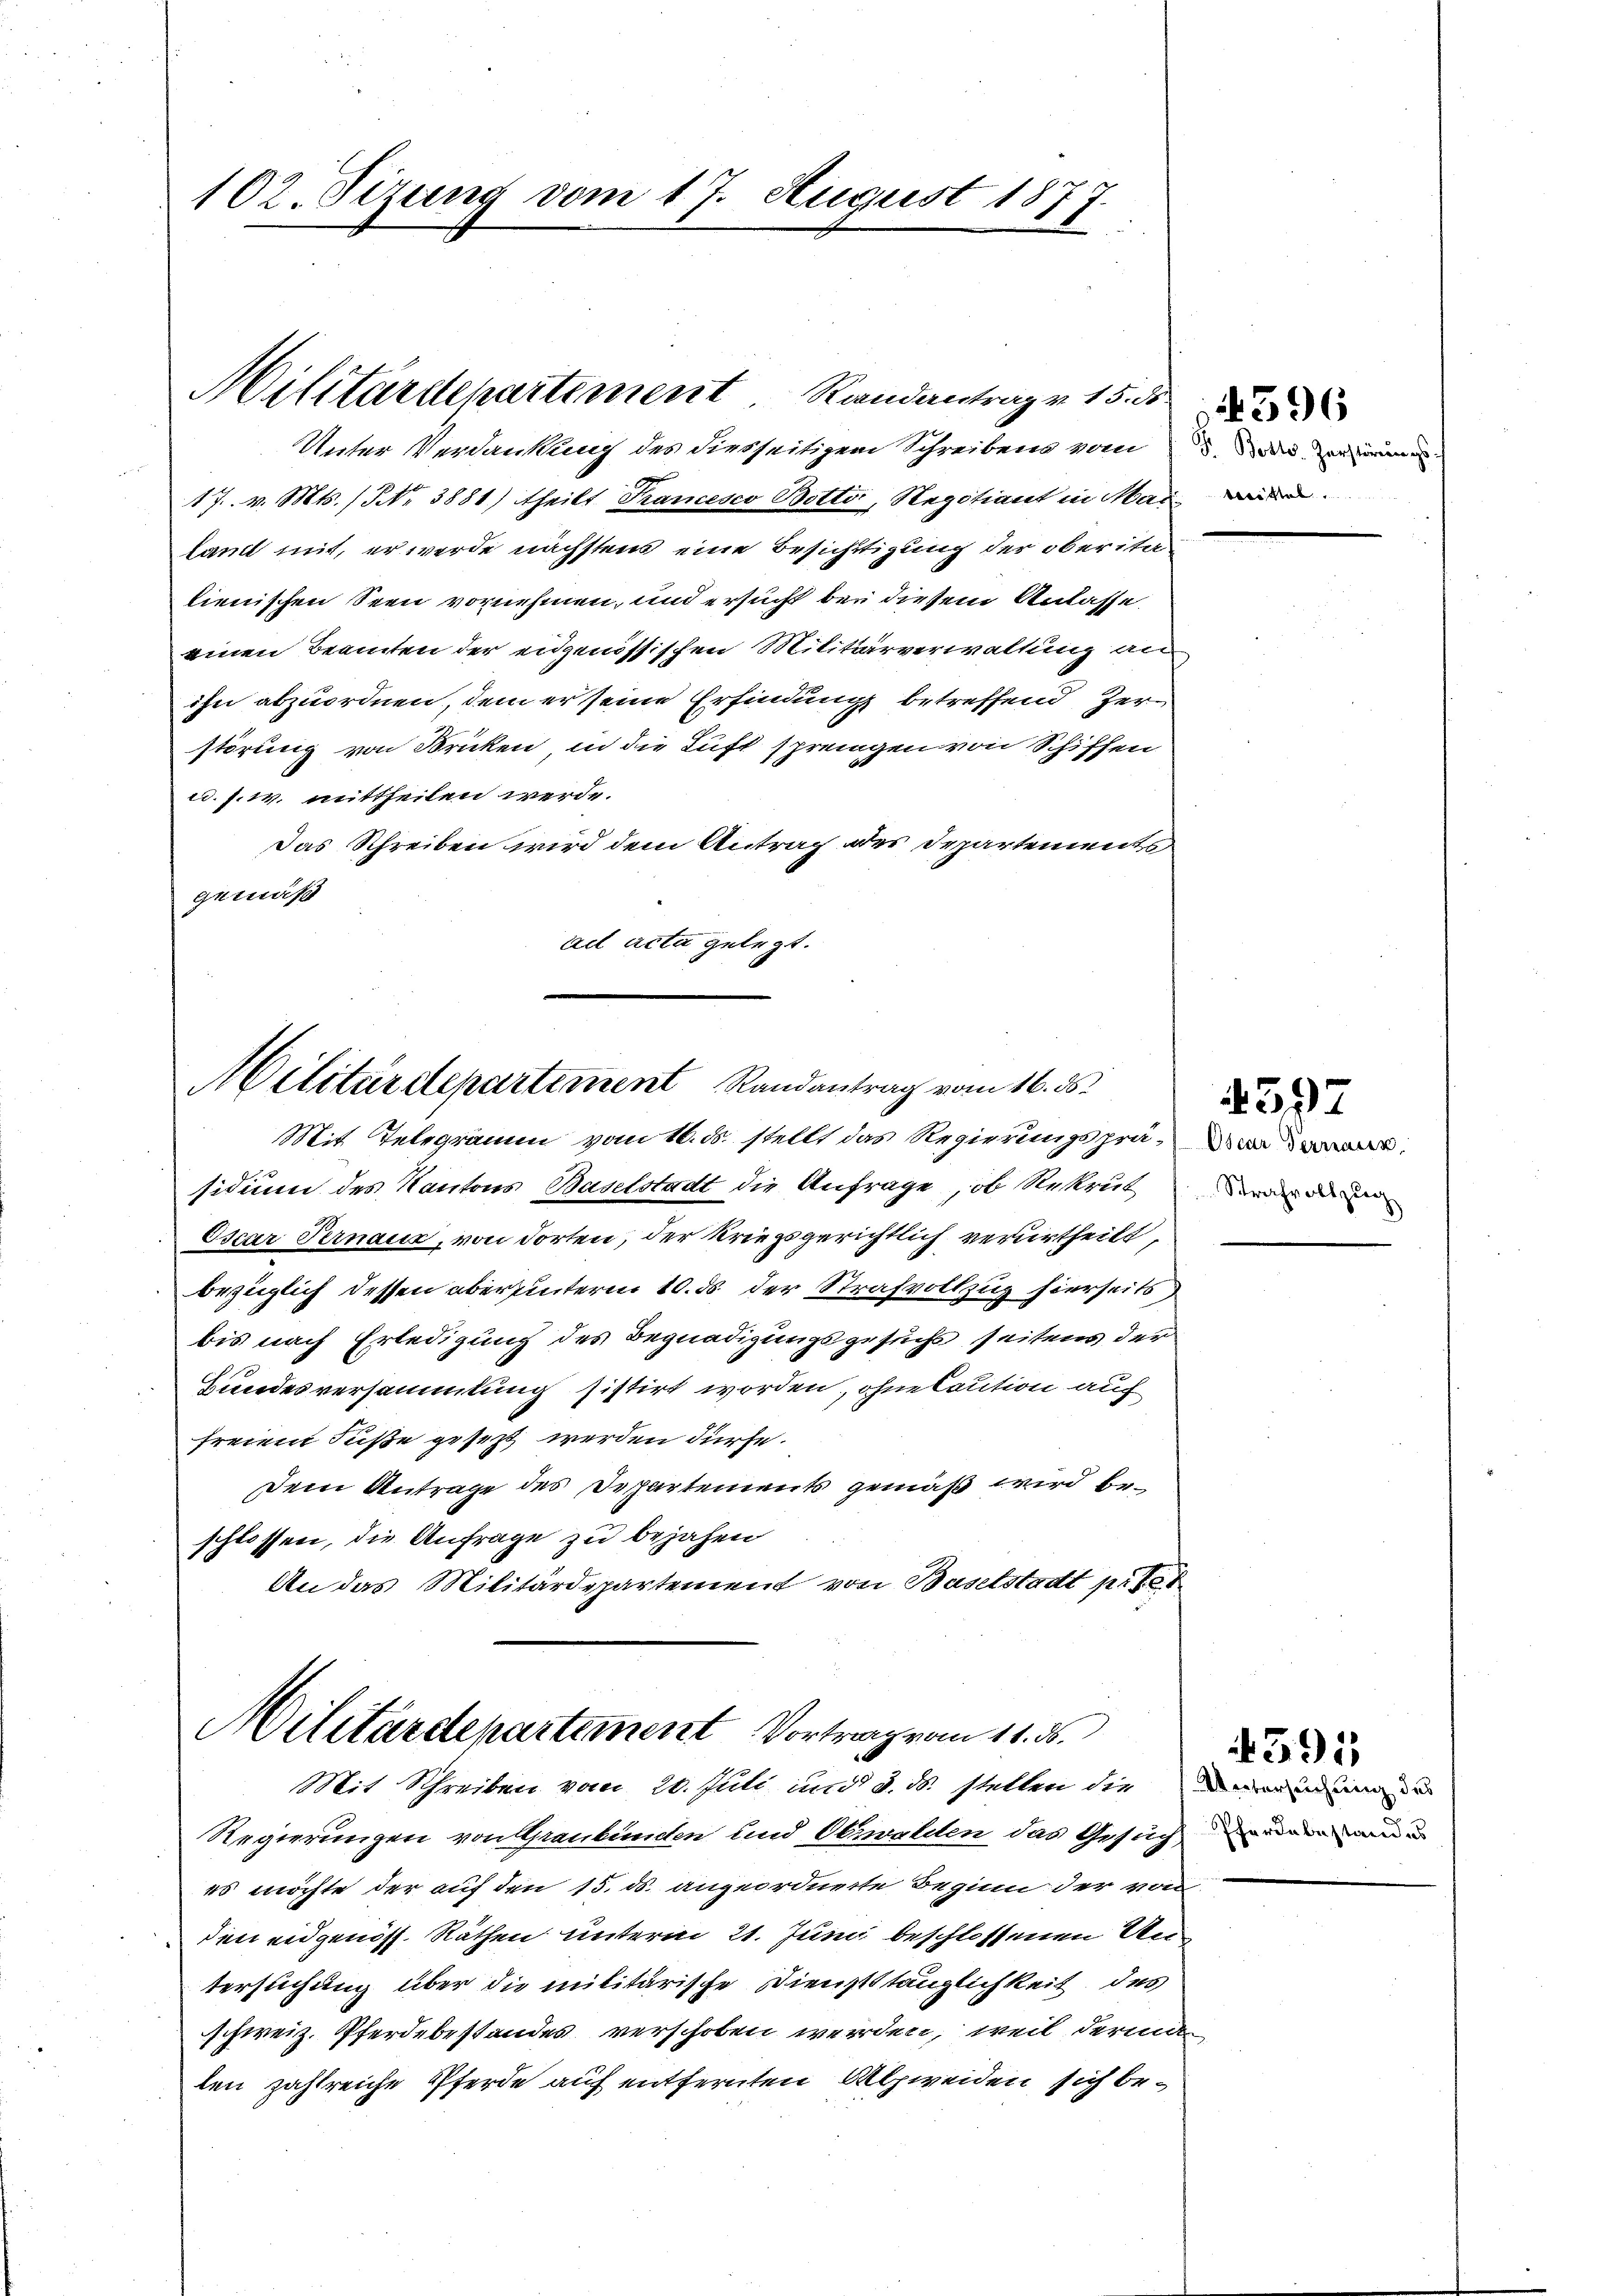
102. Sizung vom 17. August 1877.
2

Unter Verdankung des diesseitigem Schreibens vom 5. die eine
17. v. Mts. (NNo. 3881) theilt Francesco Botti, Regotiant in Mai
land mit, er werde nächstens eine Besichtigung der oberita-
lienischen Seen vornehmen, und ersucht bei diesem Anlasse
einen Beamten der eidgenössischen Militärverwaltung an
ihn abzuordnen, dem er seine Erfindung betreffend Zerstörung von Fricken, in die Luft sprengen von Schiffen
u. s. w. mittheilen werde.
Das Schreiben wird dem Antrag des Departements
gemäß
ail acta gelegt.

Militärdepartement Randantrag v. 15. d

Militärdepartement Randantrag vom 16. ds.
Mit Telegramm vom 16. ds. stellt das Regierungsprä¬

sidium des Kantons Baselstadt die Anfrage, ob Rekrut
Oscar Pernaux, von dorten, der kriegsgerichtlich verurtheilt,
bezüglich dessen aber hinterm 10. ds. der Strafvollzug hierseits
bis nach Erledigung des Begnadigungsgesuchs seitens der
Hundesversammlung sistirt worden, ohne Caution auch
freiem Fuße gesezt werden dürfe.
Dem Antrage des Departements gemäß wird beschlossen, die Anfrage zu bejahen
An das Militärdepartement von Baselstadt pr

Militärdepartement Vortrag vom 11. ds.
Mit Schreiben vom 20. Juli und 3. ds. stellen die anden

Regierungen von Graubünden und Obwalden das Gesuchen ande
es möchte der auf den 15. ds. angeordnete Bezien der von
den eidgenöss. Räthen unterm 21. Juni beschlossenen Untersuchung über die militärische Dienststänglichkeit des
schweiz. Pferdebestandes verschoben werden, weil derinn
len zahlreiche Pferde auf entfernten Abzweiden sich be¬

Oscar Terrain.
Strafvollzug

4397

4391